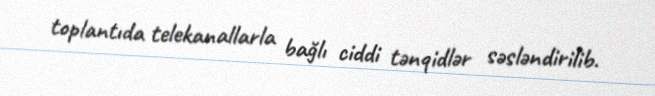
toplantıda telekanallarla bağlı ciddi tənqidlər səsləndirilib.